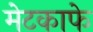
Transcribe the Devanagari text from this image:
मेटकाफे